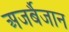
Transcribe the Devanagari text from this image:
अजर्बैजान